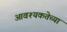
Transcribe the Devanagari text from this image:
आवश्यकतेच्या